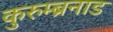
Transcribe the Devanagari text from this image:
कुरुम्ब्रनाड